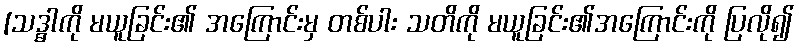
[သဒ္ဓါကို မယူခြင်း၏ အကြောင်းမှ တစ်ပါး သတိကို မယူခြင်း၏အကြောင်းကို ပြလို၍